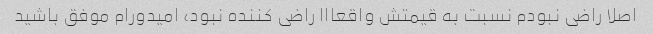
اصلا راضی نبودم نسبت به قیمتش واقعااا راضی کننده نبود، امیدورام موفق باشید